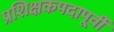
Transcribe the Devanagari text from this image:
प्रशिक्षकपदापूर्वी